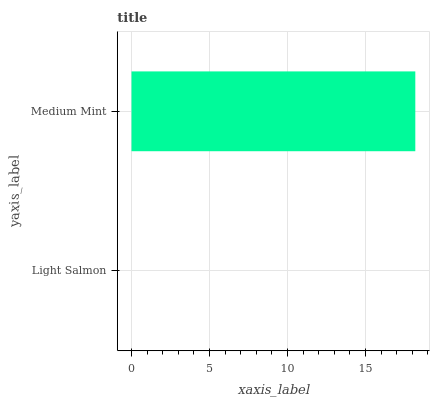
| yaxis_label | bars |
 | --- | --- |
 | Light Salmon | 0 |
 | Medium Mint | 18.2 |